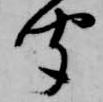
聞